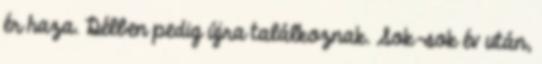
ér haza. Délben pedig újra találkoznak. Sok-sok év után,